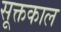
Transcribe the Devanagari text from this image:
सूक्तकाल